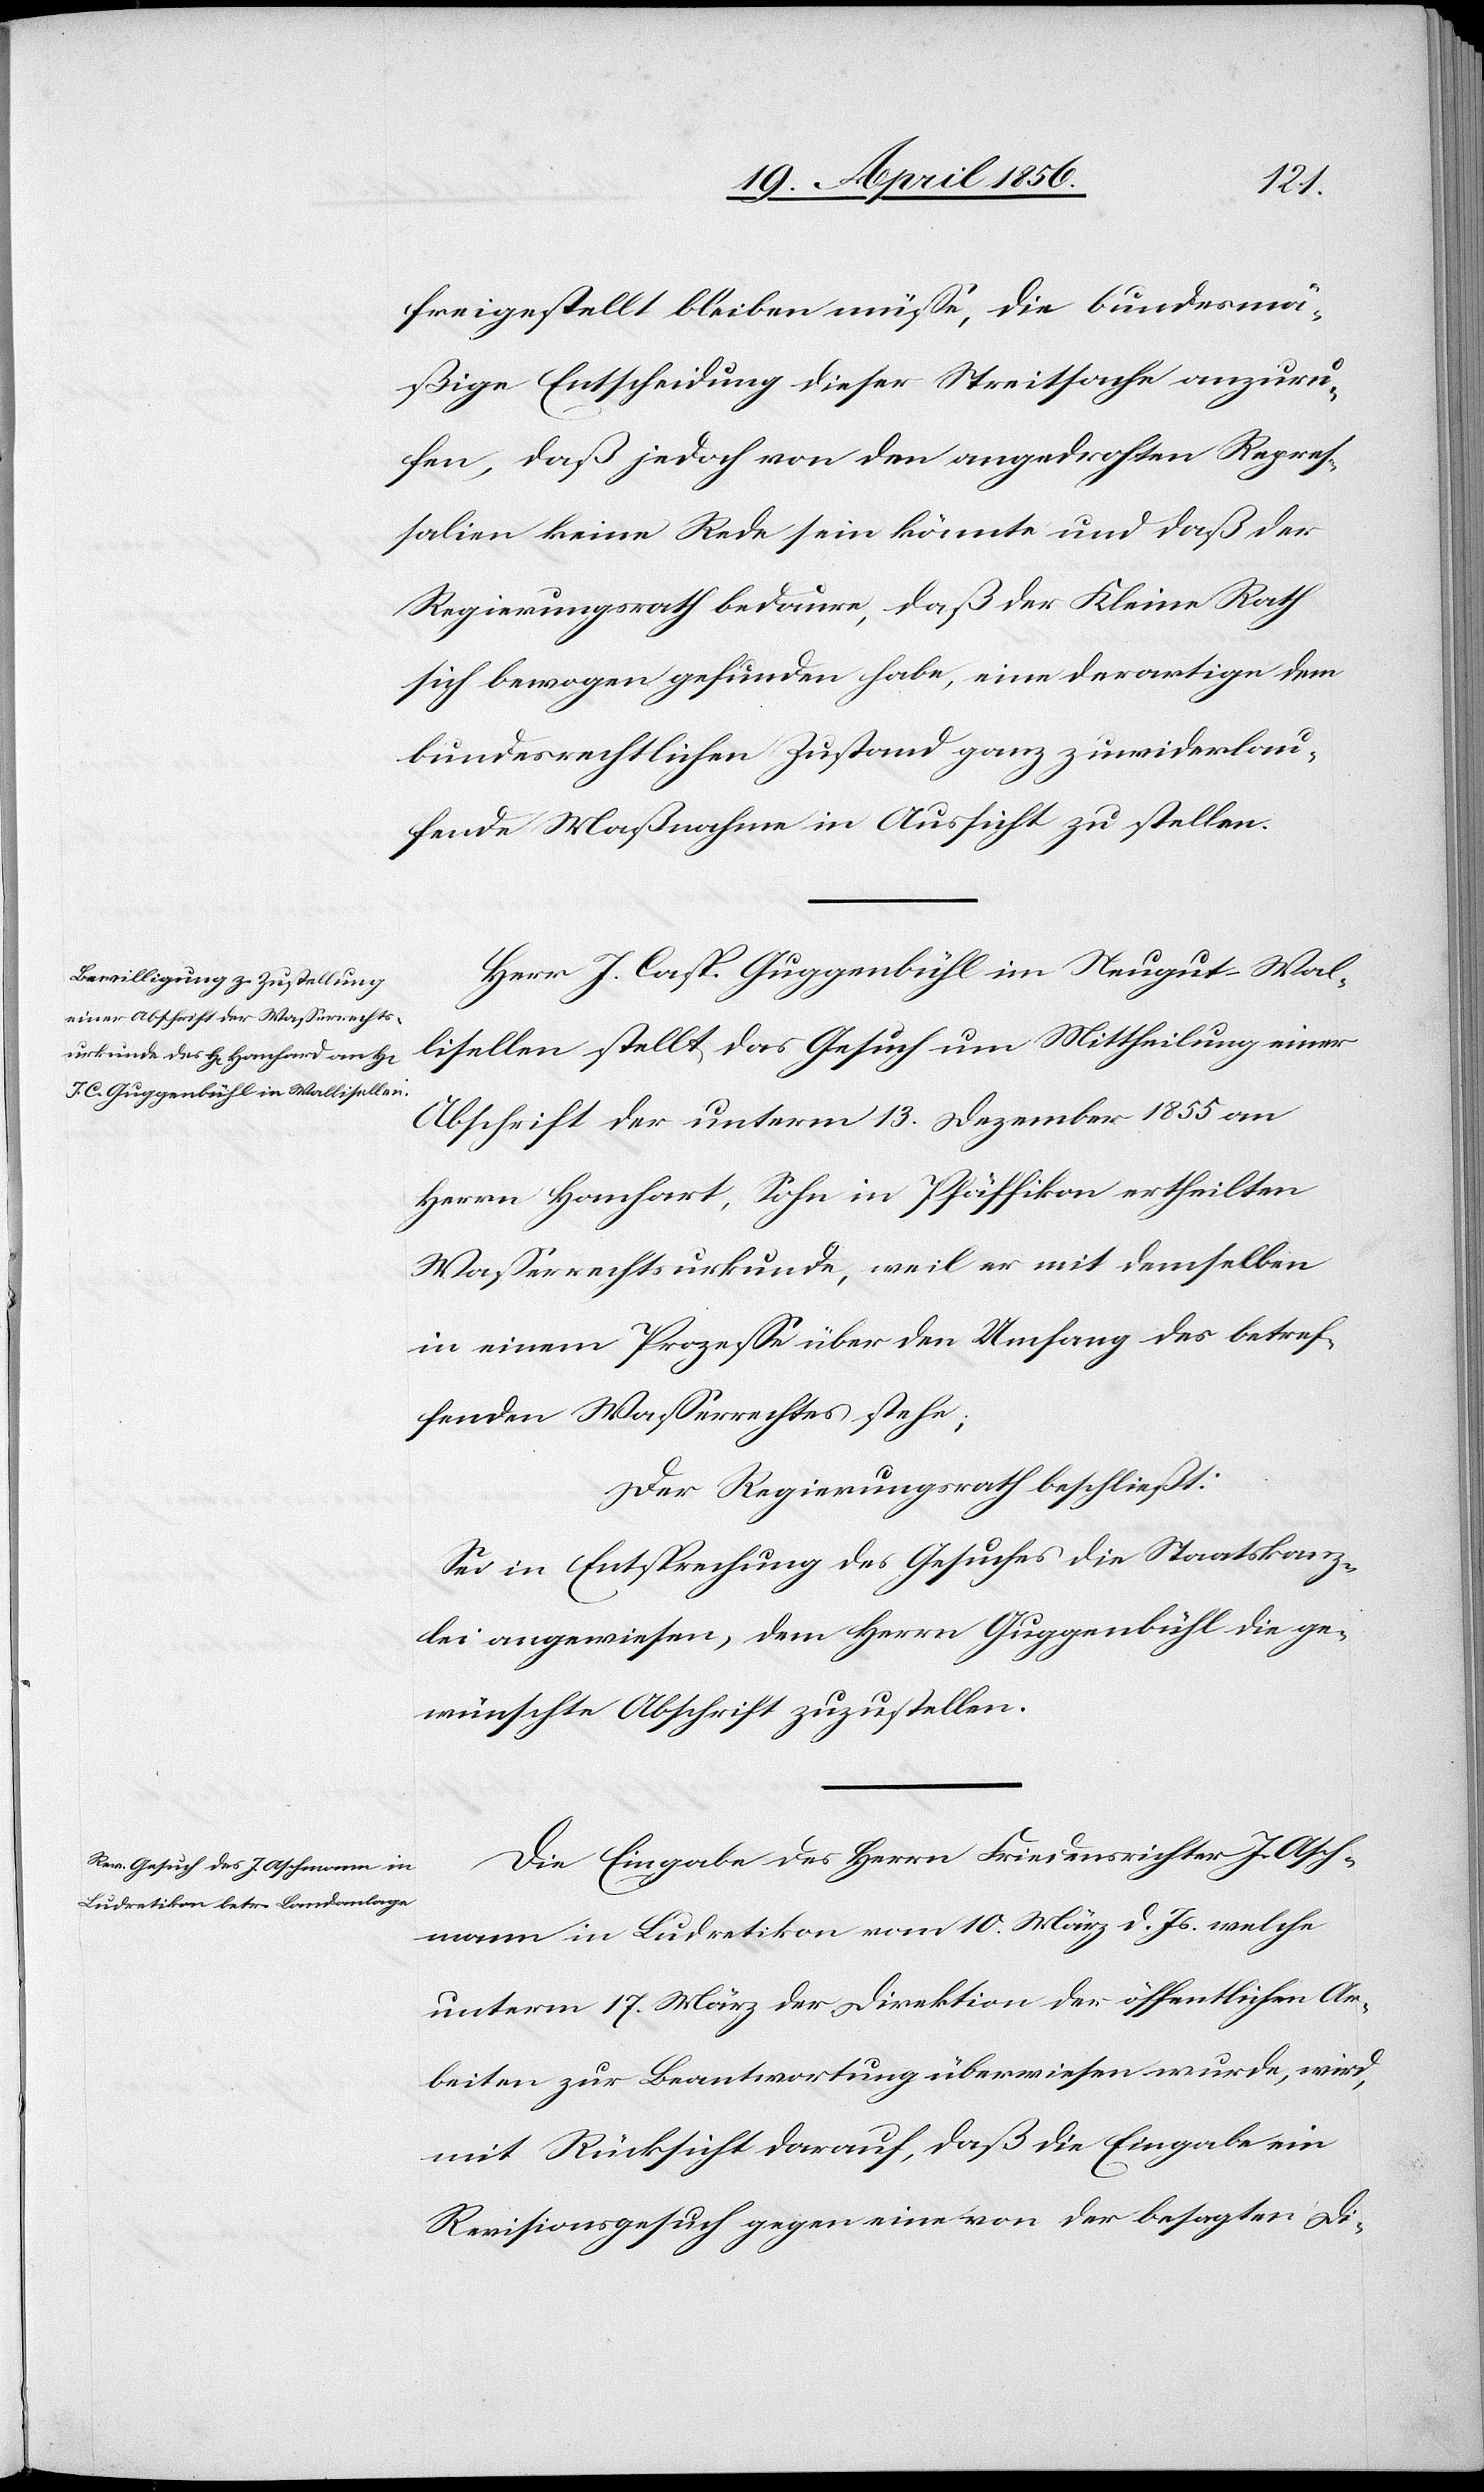
freigestellt bleiben müsse, die bundesmä¬
ßige Entscheidung dieser Streitsache anzuru¬
fen, daß jedoch von den angedrohten Repres¬
salien keine Rede sein könnte und daß der
Regierungsrath bedaure, das der Kleine Rath
sich bewogen gefunden habe, eine derartige dem
bundesrechtlichen Zustand ganz zuwiderlau¬
fende Maßnahme in Aussicht zu stellen.
Herr J. Casp. Guggenbühl in Neugut Wal¬
lisellen stellt das Gesuch um Mittheilung einer
Abschrift der unterm 13. Dezember 1855 an
Herrn Hanhart [sic!], Sohn in Pfäffikon ertheilten
Wasserrechtsurkunde, weil er mit demselben
in einem Prozesse über den Umfang des betref¬
fenden Wasserrechtes stehe;
der Regierungsrath beschließt:
Sei in Entsprechung des Gesuches die Staatskanz¬
lei angewiesen, dem Herrn Guggenbühl die ge¬
wünschte Abschrift zuzustellen.
Die Eingabe des Herrn Friedensrichter J. Asch¬
mann in Ludretikon vom 10. März d. Js. welche
unterm 17. März der Direktion der öffentlichen Ar¬
beiten zur Beantwortung überwiesen wurde, wird,
mit Rücksicht darauf, daß die Eingabe ein
Revisionsgesuch gegen eine von der besagten Di-